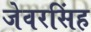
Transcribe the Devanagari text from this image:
जेवरसिंह